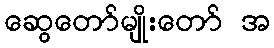
ဆွေတော်မျိုးတော် အ